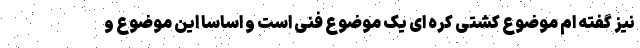
نیز گفته ام موضوع کشتی کره ای یک موضوع فنی است و اساسا این موضوع و